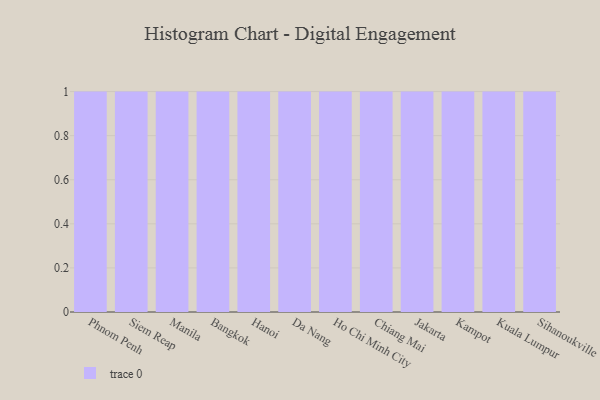
{"axis": {"x": "City", "y": "Energy Usage (MWh)"}, "legend": [""], "data": [{"x": "Phnom Penh", "y": 31, "type": ""}, {"x": "Siem Reap", "y": 40, "type": ""}, {"x": "Manila", "y": 89, "type": ""}, {"x": "Bangkok", "y": 18, "type": ""}, {"x": "Hanoi", "y": 2, "type": ""}, {"x": "Da Nang", "y": 59, "type": ""}, {"x": "Ho Chi Minh City", "y": 54, "type": ""}, {"x": "Chiang Mai", "y": 94, "type": ""}, {"x": "Jakarta", "y": 67, "type": ""}, {"x": "Kampot", "y": 38, "type": ""}, {"x": "Kuala Lumpur", "y": 22, "type": ""}, {"x": "Sihanoukville", "y": 23, "type": ""}]}